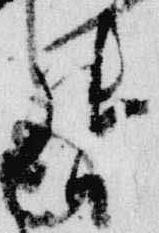
督